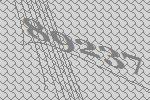
89237